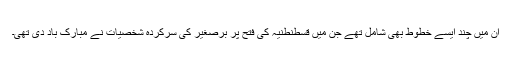
ان میں چند ایسے خطوط بھی شامل تھے جن میں قسطنطنیہ کی فتح پر برصغیر کی سرکردہ شخصیات نے مبارک باد دی تھی۔